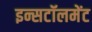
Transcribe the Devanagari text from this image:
इन्सटॉलमेंट